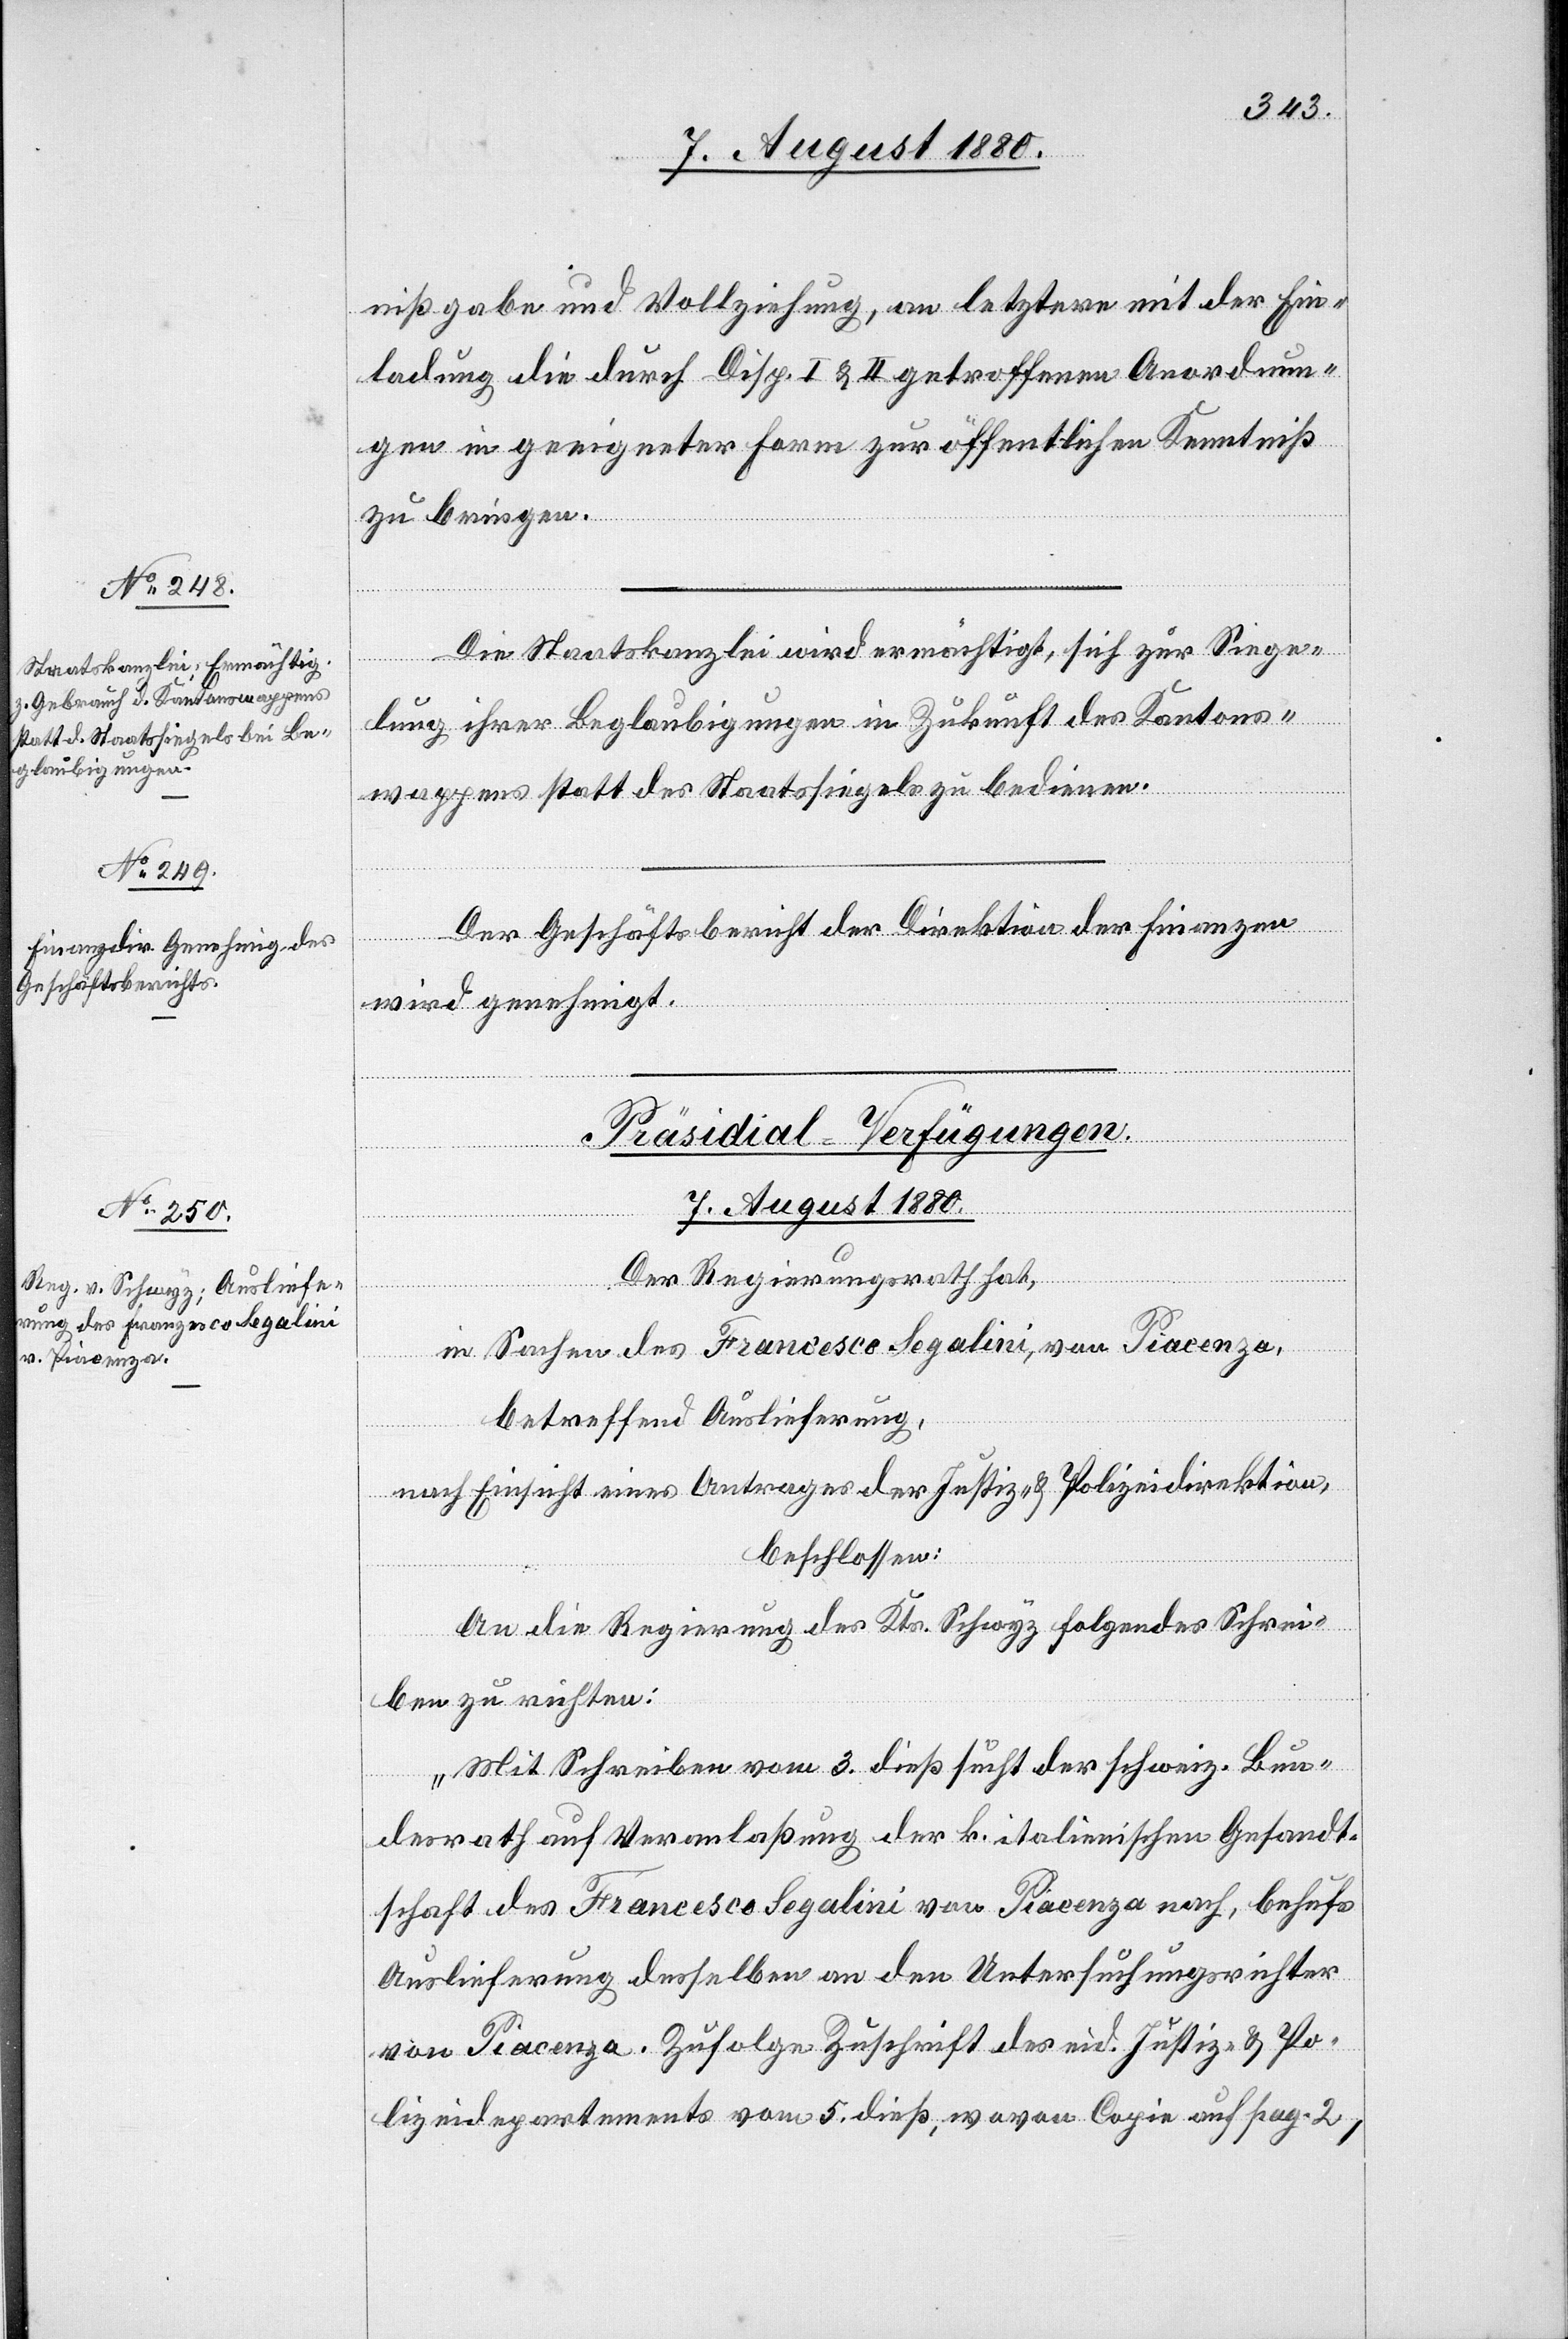
nißgabe und Vollziehung, an letztere mit der Ein¬
ladung die durch Disp. I & II getroffenen Anordnun¬
gen in geeigneter Form zur öffentlichen Kenntniß
zu bringen.
Die Staatskanzlei wird ermächtigt, sich zur Siege¬
lung ihrer Beglaubigungen in Zukunft des Kantons¬
wappens statt des Staatssiegels zu bedienen.
Der Geschäftsbericht der Direktion der Finanzen
wird genehmigt.
Präsidial-Verfügungen.
7. August 1880.
Der Regierungsrath hat,
in Sachen des Francesco Segalini, von Piacenza,
betreffend Auslieferung,
nach Einsicht eines Antrages der Justiz- & Polizeidirektion,
beschlossen:
An die Regierung des Kts. Schwyz folgendes Schrei¬
ben zu richten:
„Mit Schreiben vom dieß sucht der schweiz. Bun¬
desrath auf Veranlaßung der k. italienischen Gesandt¬
schaft des Francesco Segalini von Piacenza nach, behufs
Auslieferung desselben an den Untersuchungsrichter
von Piacenza. Zufolge Zuschrift des eid. Justiz- & Po¬
lizeidepartements vom 5. dieß, wovon copie auf pag. 2,